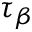
\tau _ { \beta }